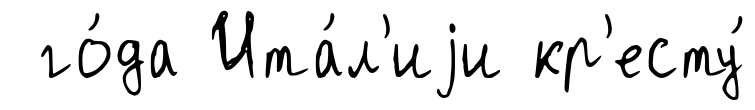
го́да Ита́л'иjи кр'есту́